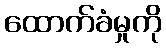
ထောက်ခံမှုကို